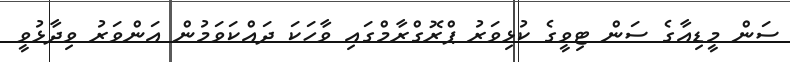
ސަން މީޑިއާގެ ސަން ޓިވީގެ ކުޅިވަރު ޕްރޮގްރާމްގައި ވާހަކަ ދައްކަވަމުން އަންވަރު ވިދާޅުވީ